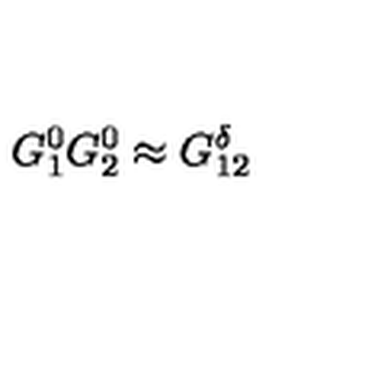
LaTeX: G _ { 1 } ^ { 0 } G _ { 2 } ^ { 0 } \approx G _ { 1 2 } ^ { \delta }